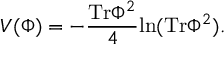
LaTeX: V ( \Phi ) = - { \frac { \mathrm { T r } \Phi ^ { 2 } } { 4 } } \mathrm { l n } ( \mathrm { T r } \Phi ^ { 2 } ) .